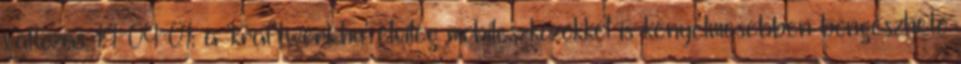
változás 14-09-01: a 'kraftwerk.hu' elvileg mobileszközökkel is kényelmesebben böngészhető